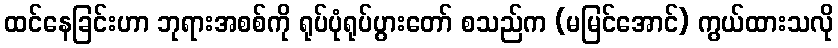
ထင်နေခြင်းဟာ ဘုရားအစစ်ကို ရုပ်ပုံရုပ်ပွားတော် စသည်က (မမြင်အောင်) ကွယ်ထားသလို